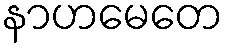
နာဟမေတေ